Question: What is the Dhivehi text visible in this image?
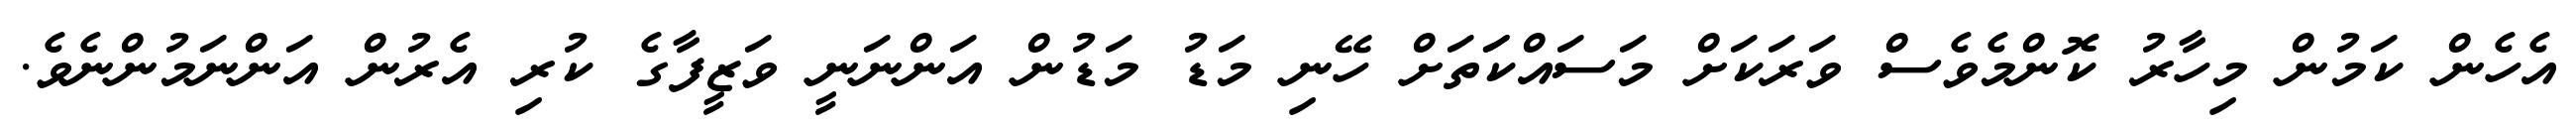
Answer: އެހެން ކަމުން މިހާރު ކޮންމެވެސް ވަރަކަށް މަސައްކަަތަށް ހޭނި މަޑު މަޑުން އަންނަނީ ވަޒީފާގެ ކުރި އެރުން އަންނަމުންނެވެ.